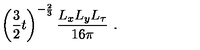
\left( \frac { 3 } { 2 } t \right) ^ { - { \frac { 2 } { 3 } } } \frac { L _ { x } L _ { y } L _ { \tau } } { 1 6 \pi } \ .